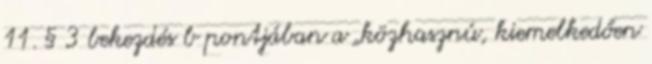
11. § 3 bekezdés b pontjában a „közhasznú, kiemelkedően